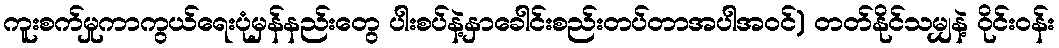
ကူးစက်မှုကာကွယ်ရေးပုံမှန်နည်းတွေ ပါးစပ်နဲ့နှာခေါင်းစည်းတပ်တာအပါအဝင်) တတ်နိုင်သမျှနဲ့ ဝိုင်းဝန်း